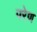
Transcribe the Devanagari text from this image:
परेण